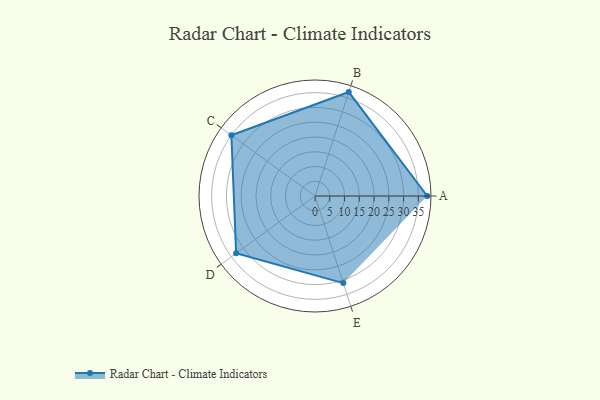
{"axis": {"x": "Skill", "y": "Score"}, "legend": ["Profile"], "data": [{"x": "A", "y": 38.0, "type": "Profile"}, {"x": "B", "y": 37.0, "type": "Profile"}, {"x": "C", "y": 35.0, "type": "Profile"}, {"x": "D", "y": 33.0, "type": "Profile"}, {"x": "E", "y": 31.0, "type": "Profile"}]}